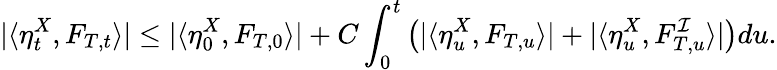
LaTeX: |\langle\eta_{t}^{X},F_{T,t}\rangle|\leq|\langle\eta_{0}^{X},F_{T,0}\rangle|+C\int_{0}^{t}\left(|\langle\eta_{u}^{X},F_{T,u}\rangle|+|\langle\eta_{u}^{X},F_{T,u}^{\mathcal{I}}\rangle|\right)du.